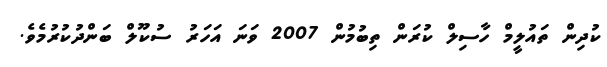
ކުދިން ތައުލީމް ހާސިލް ކުރަން ތިބުމުން 2007 ވަނަ އަހަރު ސުކޫލް ބަންދުކުރުމެވެ.